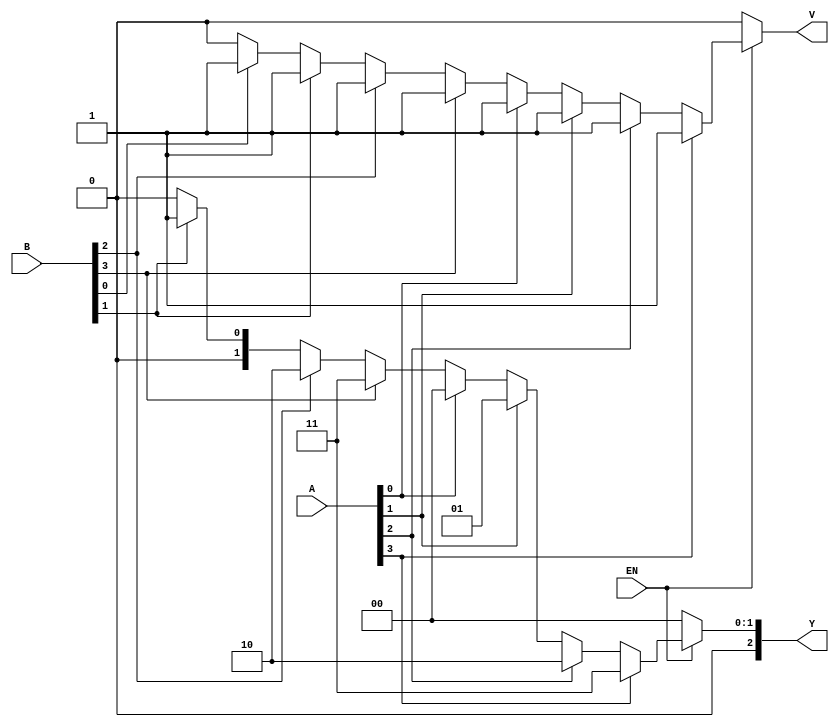
module dual_priority_encoder (
    input wire [3:0] A,    // Group A inputs
    input wire [3:0] B,    // Group B inputs
    input wire EN,         // Enable signal
    output reg [2:0] Y,    // 3-bit output
    output reg V           // Valid signal
);

    always @(*) begin
        if (EN) begin
            // Default values
            Y = 3'b000; // Default output
            V = 1'b0;   // Default valid signal

            // Check Group A inputs first
            if (A[3]) begin
                Y = 3'b011; // A3
                V = 1'b1;
            end else if (A[2]) begin
                Y = 3'b010; // A2
                V = 1'b1;
            end else if (A[1]) begin
                Y = 3'b001; // A1
                V = 1'b1;
            end else if (A[0]) begin
                Y = 3'b000; // A0
                V = 1'b1;
            end
            // If no Group A inputs are active, check Group B inputs
            else if (B[3]) begin
                Y = 3'b011; // B3
                V = 1'b1;
            end else if (B[2]) begin
                Y = 3'b010; // B2
                V = 1'b1;
            end else if (B[1]) begin
                Y = 3'b001; // B1
                V = 1'b1;
            end else if (B[0]) begin
                Y = 3'b000; // B0
                V = 1'b1;
            end
        end else begin
            // If EN is low, output should be invalid
            Y = 3'b000; // Default output
            V = 1'b0;   // Invalid output
        end
    end
endmodule